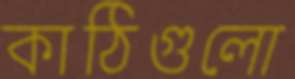
কাঠিগুলো